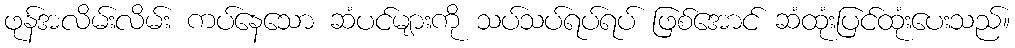
ဖုန်အလိမ်းလိမ်း ကပ်နေသော ဆံပင်များကို သပ်သပ်ရပ်ရပ် ဖြစ်အောင် ဆံထုံးပြင်ထုံးပေးသည်။